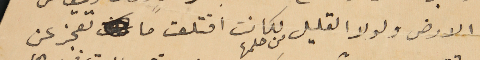
الارض ولولا القليل من حلمها لكانت اقتلعت ما تعجز عن